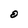
Character: O